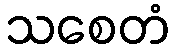
သစေတံ